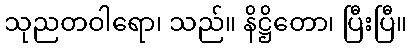
သုညတဝါရော၊ သည်။ နိဋ္ဌိတော၊ ပြီးပြီ။